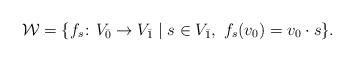
LaTeX: \begin{align*}\mathcal{W} = \{f_s\colon V_{\bar{0}}\rightarrow V_{\bar{1}}\mid s\in V_{\bar{1}},\ f_s(v_0) = v_0 \cdot s\}.\end{align*}